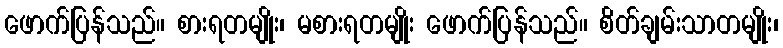
ဖောက်ပြန်သည်။ စားရတမျိုး၊ မစားရတမျိုး ဖောက်ပြန်သည်။ စိတ်ချမ်းသာတမျိုး၊